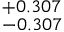
^ { + 0 . 3 0 7 } _ { - 0 . 3 0 7 }